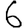
Digit: 6